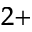
^ { 2 + }